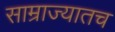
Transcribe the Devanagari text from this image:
साम्राज्यातच